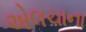
એલચાના